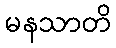
မနသာတိ